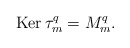
\begin{align*} \mathrm{Ker\,}\tau^q_m=M^q_m.\end{align*}